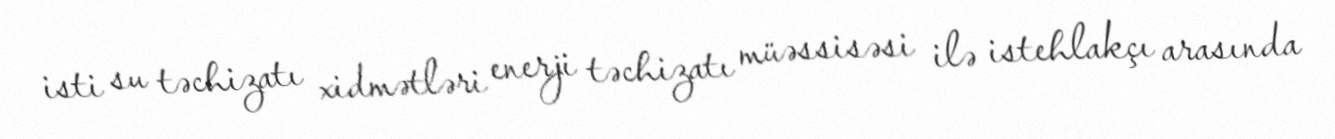
isti su təchizatı xidmətləri enerji təchizatı müəssisəsi ilə istehlakçı arasında